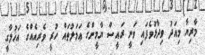
މާރިޔާ މިއަދު ވިދާޅުވެފައި ވަނީ ރައީސް ޔާމީންގެ ޢަމަލުތައް ހުރީ ވެރިއެއްގެ އަޚުލާގީ